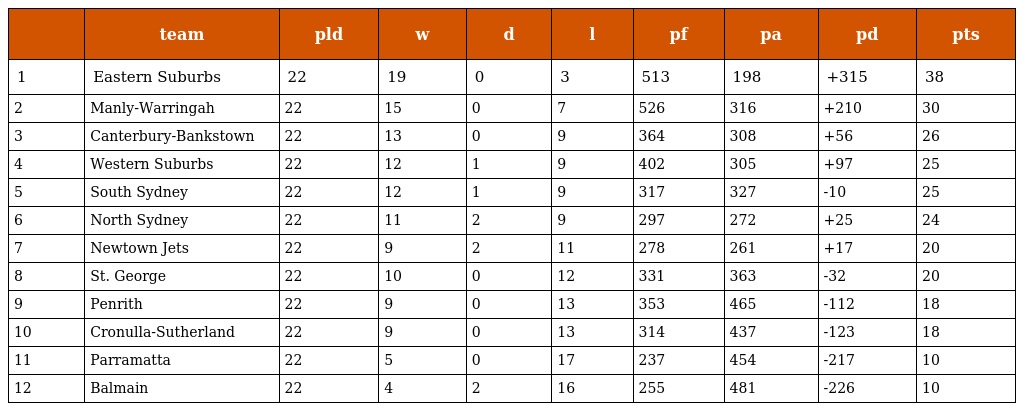
|  | team | pld | w | d | l | pf | pa | pd | pts |
 | --- | --- | --- | --- | --- | --- | --- | --- | --- | --- |
 | 1 | Eastern Suburbs | 22 | 19 | 0 | 3 | 513 | 198 | +315 | 38 |
 | 2 | Manly-Warringah | 22 | 15 | 0 | 7 | 526 | 316 | +210 | 30 |
 | 3 | Canterbury-Bankstown | 22 | 13 | 0 | 9 | 364 | 308 | +56 | 26 |
 | 4 | Western Suburbs | 22 | 12 | 1 | 9 | 402 | 305 | +97 | 25 |
 | 5 | South Sydney | 22 | 12 | 1 | 9 | 317 | 327 | -10 | 25 |
 | 6 | North Sydney | 22 | 11 | 2 | 9 | 297 | 272 | +25 | 24 |
 | 7 | Newtown Jets | 22 | 9 | 2 | 11 | 278 | 261 | +17 | 20 |
 | 8 | St. George | 22 | 10 | 0 | 12 | 331 | 363 | -32 | 20 |
 | 9 | Penrith | 22 | 9 | 0 | 13 | 353 | 465 | -112 | 18 |
 | 10 | Cronulla-Sutherland | 22 | 9 | 0 | 13 | 314 | 437 | -123 | 18 |
 | 11 | Parramatta | 22 | 5 | 0 | 17 | 237 | 454 | -217 | 10 |
 | 12 | Balmain | 22 | 4 | 2 | 16 | 255 | 481 | -226 | 10 |